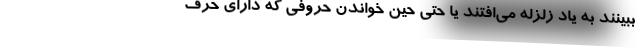
ببینند به یاد زلزله می‌افتند یا حتی حین خواندن حروفی که دارای حرف